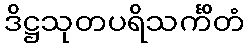
ဒိဋ္ဌသုတပရိသင်္ကိတံ